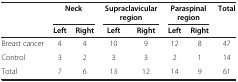
<table><thead><tr><td><b> </b></td><td colspan="2"><b>Neck</b></td><td colspan="2"><b>Supraclavicular region</b></td><td colspan="2"><b>Paraspinal region</b></td><td><b>Total</b></td></tr><tr><td><b> </b></td><td><b>Left</b></td><td><b>Right</b></td><td><b>Left</b></td><td><b>Right</b></td><td><b>Left</b></td><td><b>Right</b></td><td><b> </b></td></tr></thead><tbody><tr><td>Breast cancer</td><td>4</td><td>4</td><td>10</td><td>9</td><td>12</td><td>8</td><td>47</td></tr><tr><td>Control</td><td>3</td><td>2</td><td>3</td><td>3</td><td>2</td><td>1</td><td>14</td></tr><tr><td>Total</td><td>7</td><td>6</td><td>13</td><td>12</td><td>14</td><td>9</td><td>61</td></tr></tbody></table>